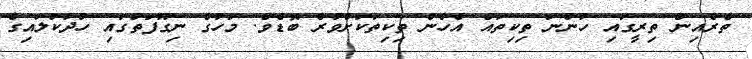
ތެރެއިން ތިރީގައި ހުންނަ ތިކިތައް އެހެން ތިކިތަކަށްވުރެ ބޮޑެވެ. މަހުގެ ނިގޫފަތުގައި ހުދުކުލައިގެ